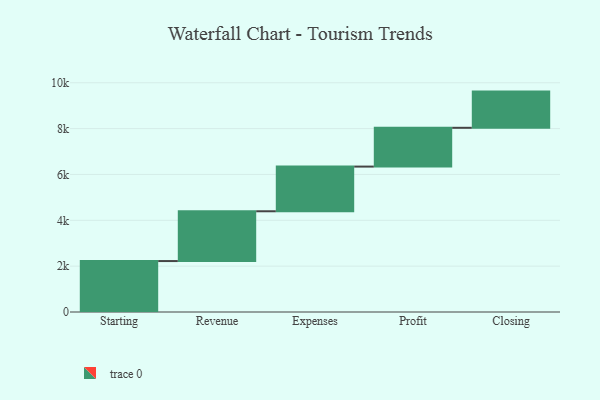
{"axis": {"x": "Step", "y": "Value"}, "legend": [""], "data": [{"x": "Starting", "y": 2222.0, "type": ""}, {"x": "Revenue", "y": 2172.0, "type": ""}, {"x": "Expenses", "y": 1949.0, "type": ""}, {"x": "Profit", "y": 1692.0, "type": ""}, {"x": "Closing", "y": 1579.0, "type": ""}]}